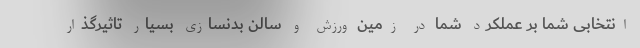
انتخابی شما بر عملکرد شما در زمین ورزش و سالن بدنسازی بسیار تاثیرگذار